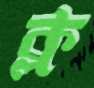
ক্ল